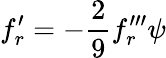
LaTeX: f_{r}^{\prime}=-{\frac{2}{9}}f_{r}^{\prime\prime\prime}{\psi}